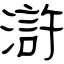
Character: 滸